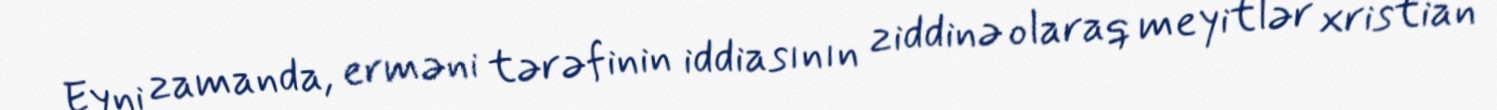
Eyni zamanda, erməni tərəfinin iddiasının ziddinə olaraq meyitlər xristian